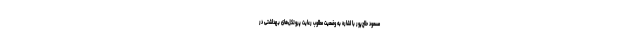
مسعود حلاج‌پور با اشاره به وضعیت مطلوب رعایت پروتکل‌های بهداشتی در